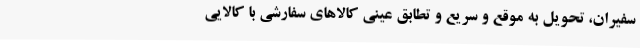
سفیران، تحویل به موقع و سریع و تطابق عینی کالاهای سفارشی با کالایی